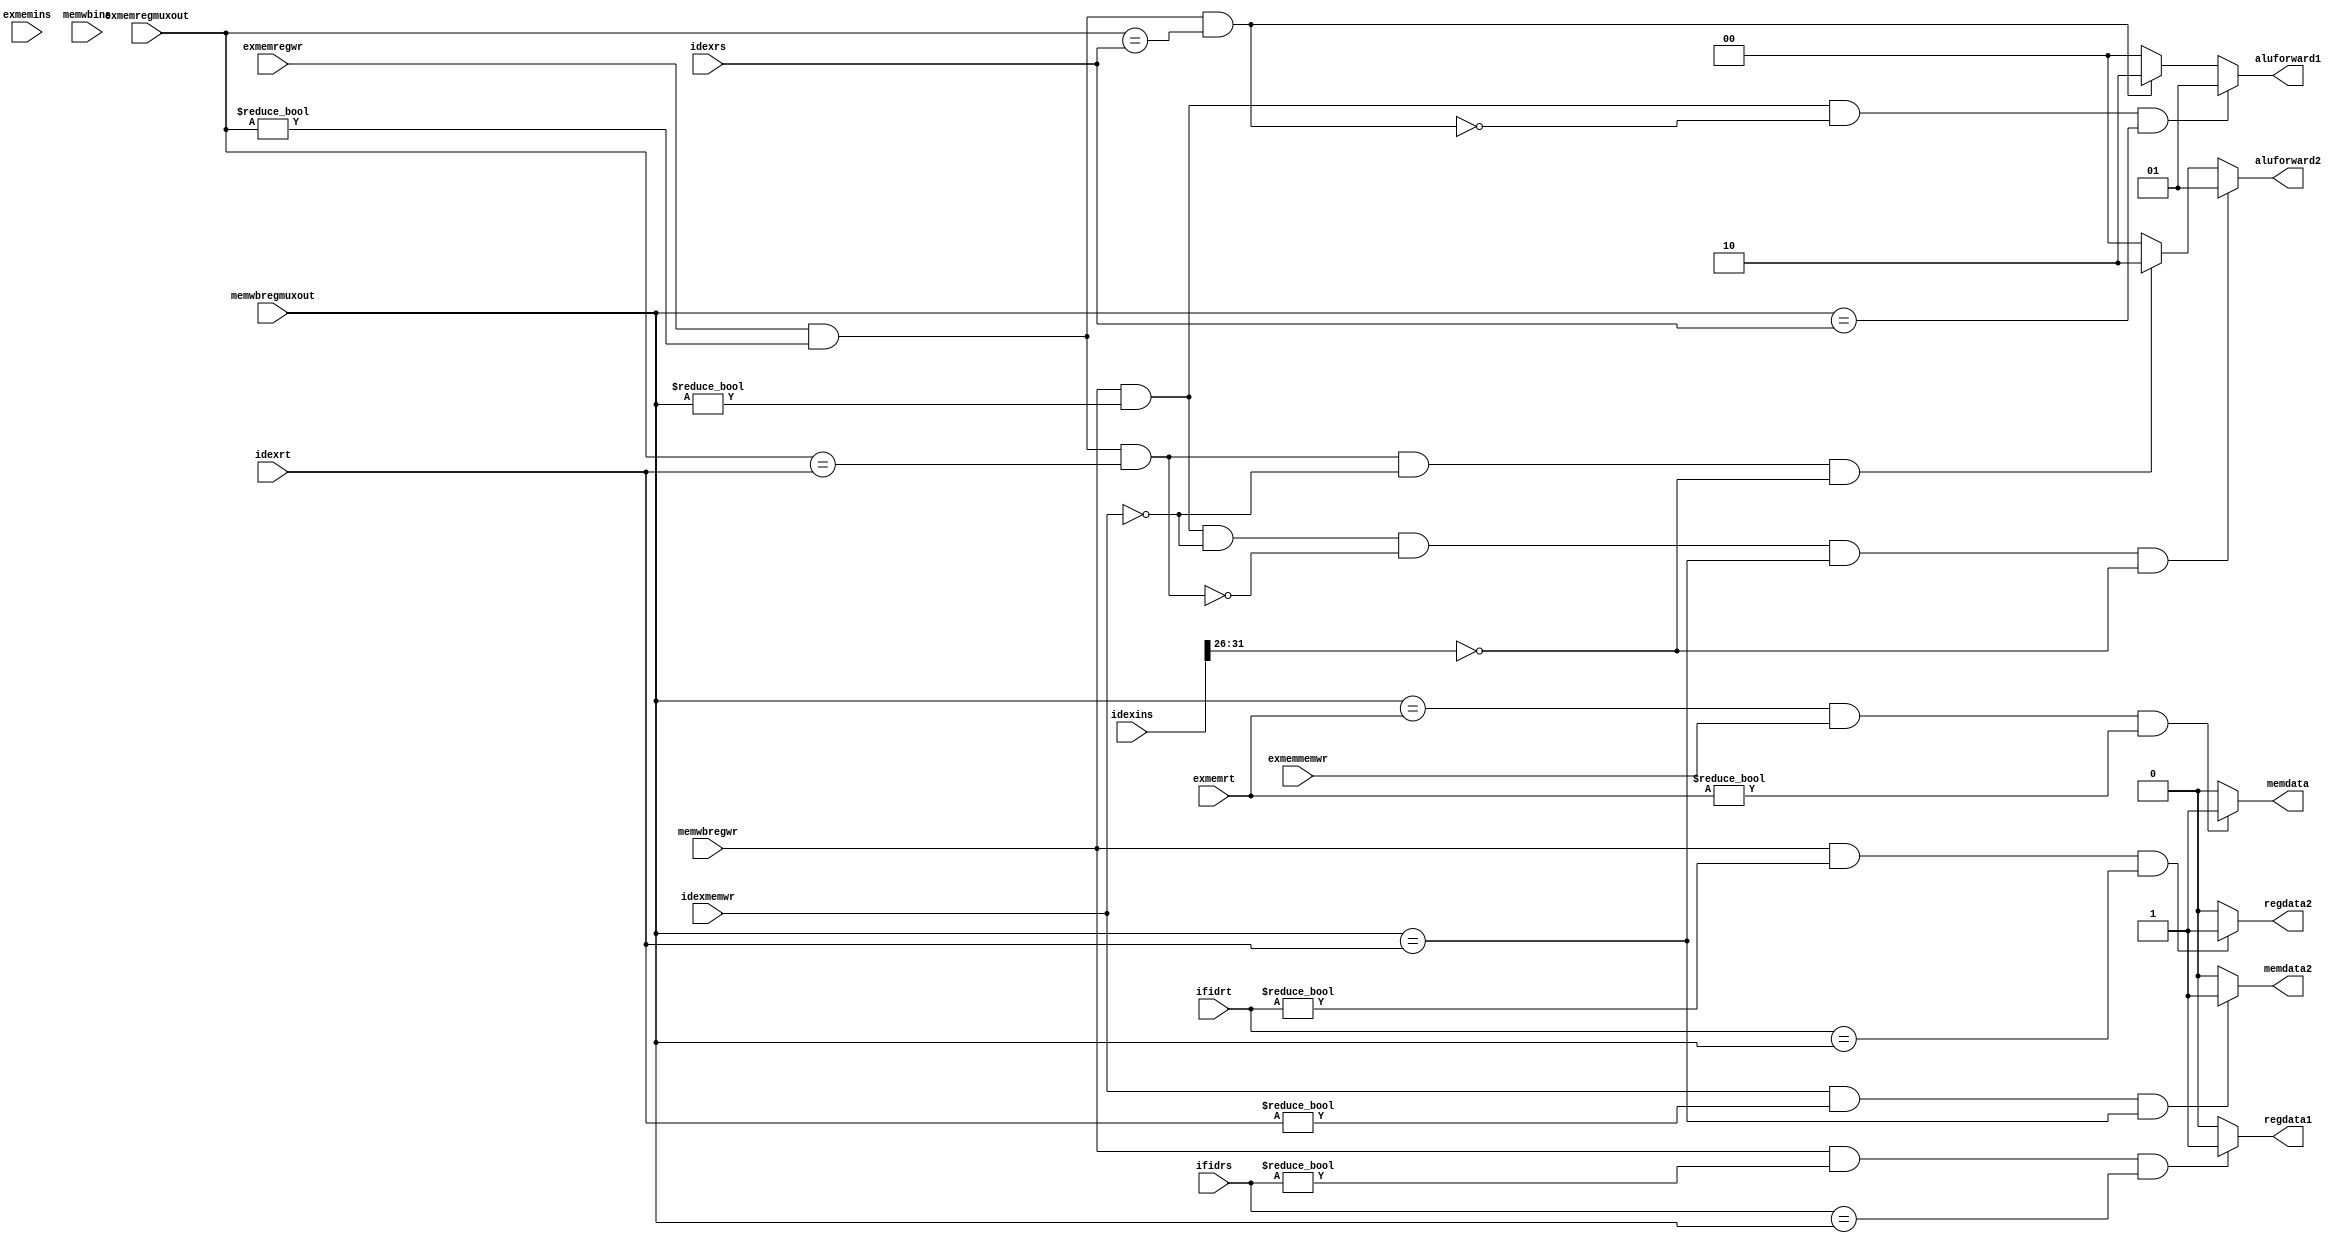
/*
* Function: this is forwarding unit, using forwarding technique to solve
* data hazards. This unit currently basically takes effects in two places:
* ALU operands and data memory input data.
*/

module forwardingunit ( input wire exmemregwr, 
                        input wire [4:0] exmemregmuxout, 
                        input wire [4:0] idexrs,
                        input wire [4:0] idexrt,
                        input wire memwbregwr,
                        input wire [4:0] ifidrt,
                        input wire [4:0] ifidrs,
                        input wire idexmemwr,
                        input wire [4:0] memwbregmuxout,
                        input wire [4:0] exmemrt,
                        input wire exmemmemwr,
                        input wire [31:0] idexins,
                        input wire [31:0] exmemins,
                        input wire [31:0] memwbins,
                        output reg [1:0] aluforward1,
                        output reg [1:0] aluforward2,
                        output reg memdata,
                        output reg memdata2,
                        output reg regdata1,
                        output reg regdata2 );

always @(*) begin
    aluforward1 = 2'b00;
    aluforward2 = 2'b00;
    memdata = 1'b0;
    memdata2 = 1'b0;
    regdata1 = 1'b0;
    regdata2 = 1'b0;

    if (exmemregwr && (exmemregmuxout != 0) && 
        (exmemregmuxout == idexrs)) begin
        aluforward1 = 2'b10;
    end

    // added ID/EX.MemWr check is to exclude sw instruction scenario
    if (exmemregwr && (exmemregmuxout != 0) &&
        (exmemregmuxout == idexrt) && idexmemwr != 1'b1 &&
        (idexins[31:26] == 6'h00)) begin
        aluforward2 = 2'b10;
    end

    if (memwbregwr && (memwbregmuxout != 0) &&
        !(exmemregwr && (exmemregmuxout != 0) && 
        (exmemregmuxout == idexrs)) &&
        (memwbregmuxout == idexrs)) begin
        aluforward1 = 2'b01;
    end

    if (memwbregwr && (memwbregmuxout != 0) && (idexmemwr != 1'b1) &&
        !(exmemregwr && (exmemregmuxout != 0) &&
        (exmemregmuxout == idexrt)) &&
        (memwbregmuxout == idexrt) &&
        (idexins[31:26] == 6'h00)) begin
        aluforward2 = 2'b01;
    end

    if ((memwbregmuxout == exmemrt) && exmemmemwr && 
        (exmemrt != 0)) begin
        memdata = 1'b1;
    end

    if (idexmemwr && (idexrt != 0) && 
        (memwbregmuxout == idexrt)) begin
        memdata2 = 1'b1;
    end
    
    if (memwbregwr && (ifidrt != 0) &&
        (ifidrt == memwbregmuxout)) begin
        regdata2 = 1'b1;
    end

    if (memwbregwr && (ifidrs != 0) &&
        (ifidrs == memwbregmuxout)) begin
        regdata1 = 1'b1;
    end

end

endmodule